Account of plague administration in the Bombay Presidency from September 1896 till May 1897
Year: 1896
Disease focus: Plague
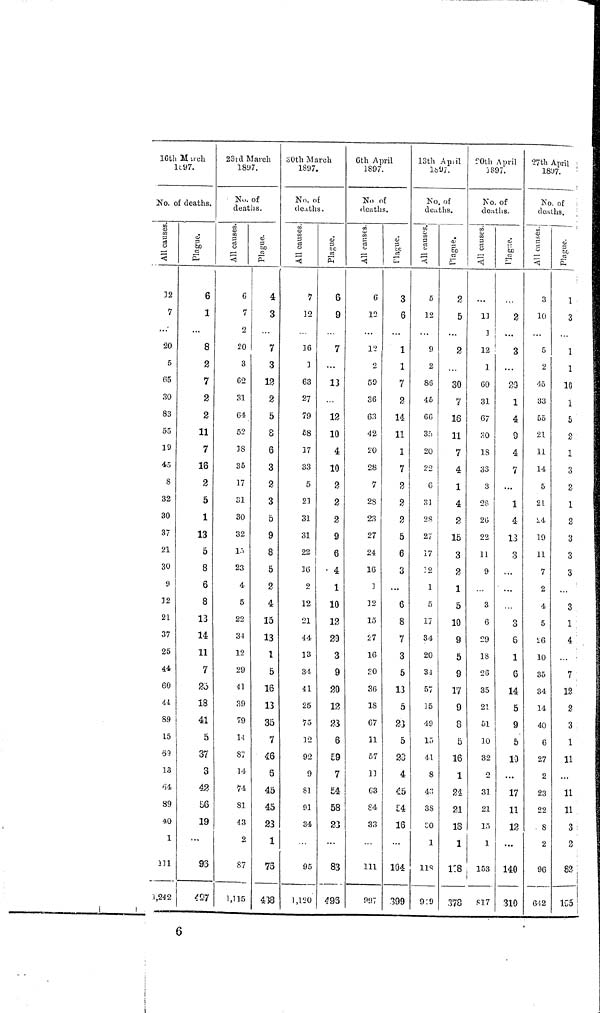
16th March
1897.
Nο. of deaths.
All causes
12
7
. . .
20
5
65
30
83
55
19
45
8
32
30
37
21
30
9
12
21
37
25
44
60
41
89
15
69
13
64
89
40
1
1,242
1,242
Plague
6
1
8
2
7
2
2
11
7
16
2
5
1
13
5
8
6
8
13
14
11
7
23
18
41
5
37
3
42
56
19
,..
96
497
23rd March
1807.
No. of
deaths.
All causes
6
7
2
20
3
62
31
64
52
18
35
17
31
30
32
15
23
4
5
22
34
12
29
41
39
79
14
87
14
74
81
43
2
87
1,115
Plague.
4
3
7
3
12
2
5
8
6
3
2
3
5
9
8
5
2
4
15
13
1
5
16
13
35
7
46
6
45
45
23
1
76
438
30th March
1897.
No. of
deaths.
All causes
7
12
...
16
1
63
27
79
58
17
33
5
21
31
31
22
36
2
12
'21
44
13
34
41
25
75
12
92
9
81
91
34
...
95
1,120
Plague
6
9
7
13
12
10
4
10
2
2
2
9
6
4
1
10
12
20
3
9
20
12
23
6
59
7
54
58
23
...
83
496
6th April
1897.
No. of
deaths.
All causes
6
12
12
2
59
36
63
42
20
28
7
28
23
27
24
16
1
32
15
27
16
30
36
18
67
11
57
11
63
84
33
111
995
Plague
3
6
1
1
7
2
14
11
1
7
2
2
2
5
6
3
6
8
7
3
5
13
5
23
5
28
4
45
54
16
...
104
399
13th April
1897
No. of
deaths.
All causes
5
12
9
2
86
45
66
35
20
22
6
34
28
27
17
12
1
5
17
34
20
34
57
35
49
15
41
8
43
38
30
1
118
9:0
Plague
2
5
3
30
7
16
11
7
4
1
4
2
15
3
2
1
5
10
9
5
9
17
9
8
δ
16
1
24
21
18
1
138
378
20th Λρril
1897
No. of
deaths.
All causes
11 3
12
1
60
31
67
30
18
33
3
23
26
22
11
9
3
6
29
18
26
35
21
51
30
32
2
31
21
15
1
153
m
Plague
2
...
3
...
20
1
4
9
4
7
...
1
4
13
3
3
6
1
S
14
5
9
5
10
...
17
11
12
...
140
310
27th April
1897.
No. Of
deaths.
All causes
3
10
...
5
2
45
33
55
21
11
14
5
21
24
19
11
7
2
4
5
26
10
35
34
14
40
6
27
2
23
22
8
2
96
642
Plague
1
3
1
1
10
1
δ
2
1
3
2
1
2
3
3
3
3
1
4
7
12
2
3
1
11
11
11
3
2
82
195
6